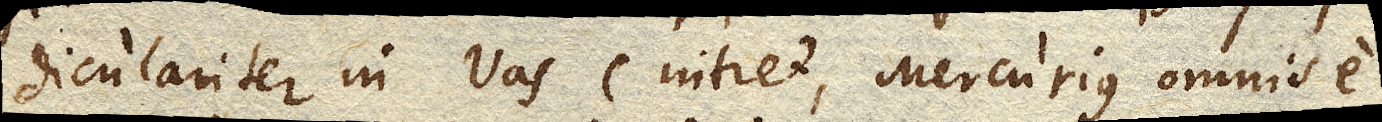
diculariter in Vas C. intret, Mercurius omnis e